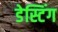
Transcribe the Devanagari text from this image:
डेस्टिंग